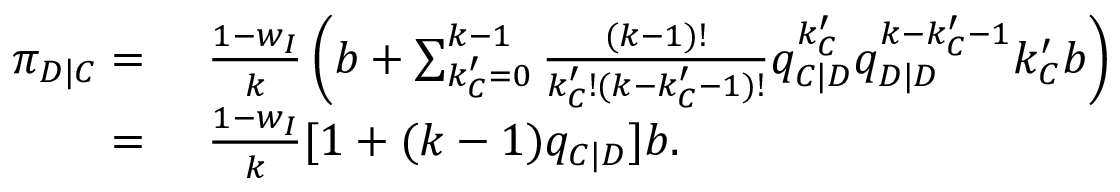
\begin{array} { r l } { \pi _ { D | C } = } & { ~ \frac { 1 - w _ { I } } { k } \left( b + \sum _ { k _ { C } ^ { \prime } = 0 } ^ { k - 1 } { \frac { ( k - 1 ) ! } { k _ { C } ^ { \prime } ! ( k - k _ { C } ^ { \prime } - 1 ) ! } q _ { C | D } ^ { k _ { C } ^ { \prime } } q _ { D | D } ^ { k - k _ { C } ^ { \prime } - 1 } k _ { C } ^ { \prime } b } \right) } \\ { = } & { ~ \frac { 1 - w _ { I } } { k } [ 1 + ( k - 1 ) q _ { C | D } ] b . } \end{array}